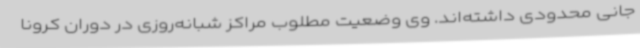
جانی محدودی داشته‌اند. وی وضعیت مطلوب مراکز شبانه‌روزی در دوران کرونا